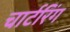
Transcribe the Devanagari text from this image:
चार्टरिंग